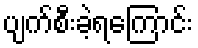
ပျက်စီးခဲ့ရကြောင်း